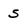
Character: S